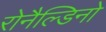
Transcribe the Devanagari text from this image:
रोनैल्डिनो